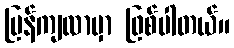
ပြန်ကျလာမှာ ဖြစ်ပါတယ်။